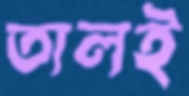
তালই